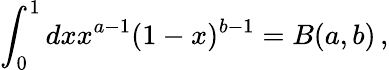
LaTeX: \int_{0}^{1}dxx^{a-1}(1-x)^{b-1}=B(a,b)\, ,